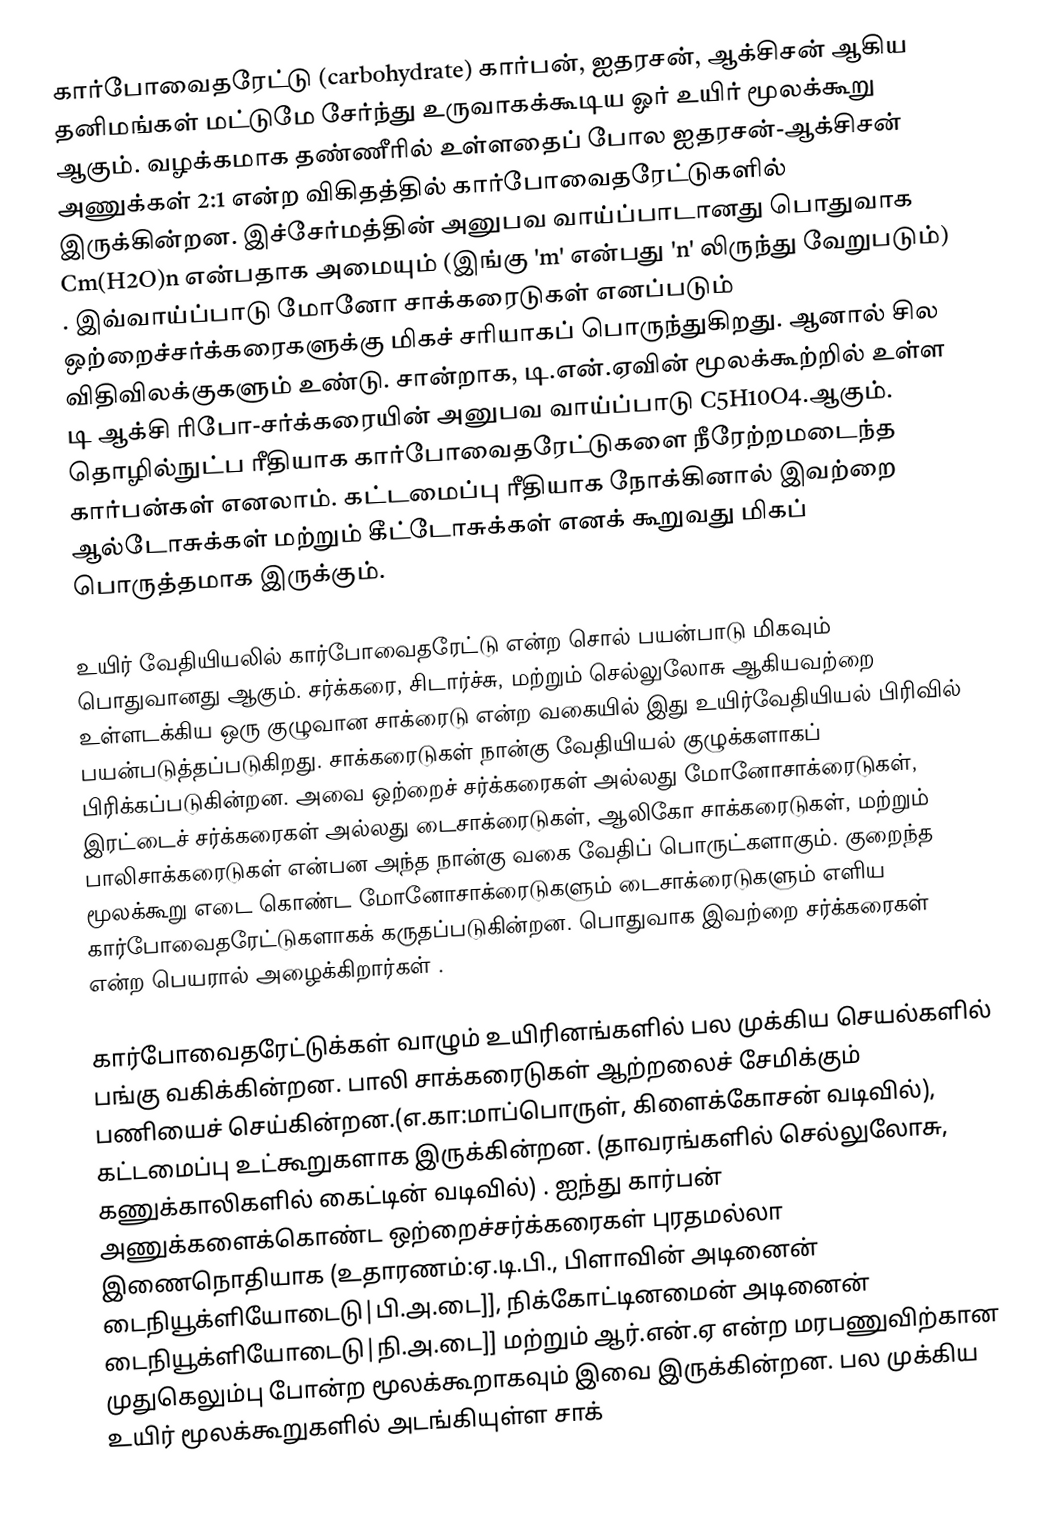
கார்போவைதரேட்டு (carbohydrate) கார்பன், ஐதரசன், ஆக்சிசன் ஆகிய தனிமங்கள் மட்டுமே சேர்ந்து உருவாகக்கூடிய ஓர் உயிர் மூலக்கூறு ஆகும். வழக்கமாக தண்ணீரில் உள்ளதைப் போல ஐதரசன்-ஆக்சிசன் அணுக்கள் 2:1 என்ற விகிதத்தில் கார்போவைதரேட்டுகளில் இருக்கின்றன.  இச்சேர்மத்தின் அனுபவ வாய்ப்பாடானது பொதுவாக Cm(H2O)n என்பதாக அமையும் (இங்கு 'm' என்பது 'n' லிருந்து வேறுபடும்) . இவ்வாய்ப்பாடு மோனோ சாக்கரைடுகள் எனப்படும் ஒற்றைச்சர்க்கரைகளுக்கு மிகச் சரியாகப் பொருந்துகிறது. ஆனால் சில விதிவிலக்குகளும் உண்டு. சான்றாக, டி.என்.ஏவின் மூலக்கூற்றில் உள்ள டி ஆக்சி ரிபோ-சர்க்கரையின் அனுபவ வாய்ப்பாடு C5H10O4.ஆகும். தொழில்நுட்ப ரீதியாக கார்போவைதரேட்டுகளை நீரேற்றமடைந்த கார்பன்கள் எனலாம். கட்டமைப்பு ரீதியாக நோக்கினால் இவற்றை ஆல்டோசுக்கள் மற்றும் கீட்டோசுக்கள் எனக் கூறுவது மிகப் பொருத்தமாக இருக்கும்.

உயிர் வேதியியலில் கார்போவைதரேட்டு என்ற சொல் பயன்பாடு மிகவும் பொதுவானது ஆகும். சர்க்கரை, சிடார்ச்சு, மற்றும் செல்லுலோசு ஆகியவற்றை உள்ளடக்கிய ஒரு குழுவான சாக்ரைடு என்ற வகையில்  இது உயிர்வேதியியல் பிரிவில் பயன்படுத்தப்படுகிறது. சாக்கரைடுகள் நான்கு வேதியியல் குழுக்களாகப் பிரிக்கப்படுகின்றன. அவை ஒற்றைச் சர்க்கரைகள் அல்லது மோனோசாக்ரைடுகள், இரட்டைச் சர்க்கரைகள் அல்லது டைசாக்ரைடுகள், ஆலிகோ சாக்கரைடுகள், மற்றும் பாலிசாக்கரைடுகள் என்பன அந்த நான்கு வகை வேதிப் பொருட்களாகும். குறைந்த மூலக்கூறு எடை கொண்ட மோனோசாக்ரைடுகளும் டைசாக்ரைடுகளும் எளிய கார்போவைதரேட்டுகளாகக் கருதப்படுகின்றன. பொதுவாக இவற்றை சர்க்கரைகள் என்ற பெயரால் அழைக்கிறார்கள் .

கார்போவைதரேட்டுக்கள் வாழும் உயிரினங்களில் பல முக்கிய செயல்களில் பங்கு வகிக்கின்றன. பாலி சாக்கரைடுகள் ஆற்றலைச் சேமிக்கும் பணியைச் செய்கின்றன.(எ.கா:மாப்பொருள், கிளைக்கோசன் வடிவில்), கட்டமைப்பு உட்கூறுகளாக இருக்கின்றன.  (தாவரங்களில் செல்லுலோசு, கணுக்காலிகளில் கைட்டின் வடிவில்) . ஐந்து கார்பன் அணுக்களைக்கொண்ட ஒற்றைச்சர்க்கரைகள் புரதமல்லா இணைநொதியாக (உதாரணம்:ஏ.டி.பி., பிளாவின் அடினைன் டைநியூக்ளியோடைடு|பி.அ.டை]], நிக்கோட்டினமைன் அடினைன் டைநியூக்ளியோடைடு|நி.அ.டை]] மற்றும் ஆர்.என்.ஏ என்ற மரபணுவிற்கான முதுகெலும்பு போன்ற மூலக்கூறாகவும் இவை இருக்கின்றன. பல முக்கிய உயிர் மூலக்கூறுகளில் அடங்கியுள்ள  சாக்